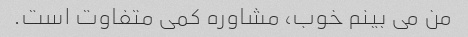
من می بینم خوب، مشاوره کمی متفاوت است.